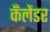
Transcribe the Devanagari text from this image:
कँलेंडर